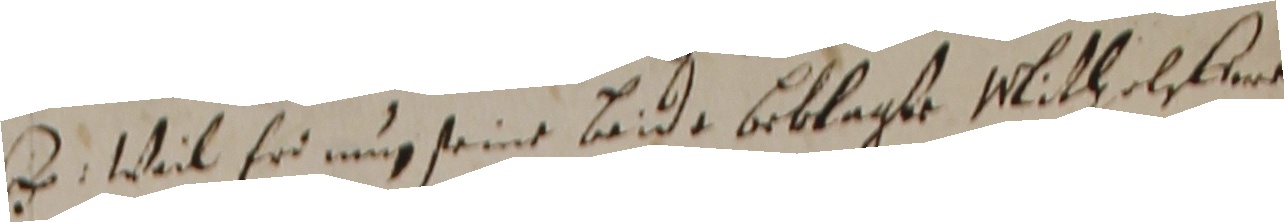
2. Wil er uug seine wide beklagte Mitleleene